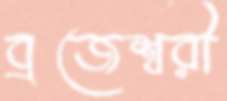
ব্রজেশ্বরী